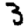
Digit: 3